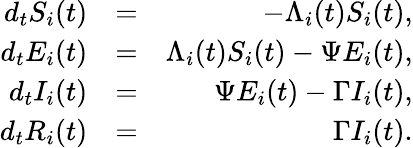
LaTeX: \begin{array}{rlr}{d_{t}S_{i}(t)}&{=}&{-\Lambda_{i}(t)S_{i}(t),}\\ {d_{t}E_{i}(t)}&{=}&{\Lambda_{i}(t)S_{i}(t)-\Psi E_{i}(t),}\\ {d_{t}I_{i}(t)}&{=}&{\Psi E_{i}(t)-\Gamma I_{i}(t),}\\ {d_{t}R_{i}(t)}&{=}&{\Gamma I_{i}(t).}\end{array}